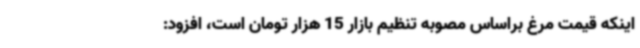
اینکه قیمت مرغ براساس مصوبه تنظیم بازار 15 هزار تومان است، افزود: